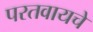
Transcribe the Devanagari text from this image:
परतवायचे